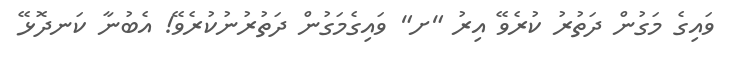
ވައިގެ މަގުން ދަތުރު ކުރެވޭ އިރު "ށ" ވައިގެމަގުން ދަތުރުނުކުރެވޭ! އެބުނާ ކަނދޮޅޭ